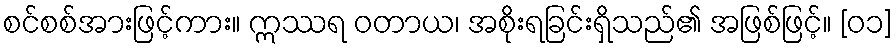
စင်စစ်အားဖြင့်ကား။ ဣဿရ ဝတာယ၊ အစိုးရခြင်းရှိသည်၏ အဖြစ်ဖြင့်။ [၀၁]